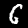
Label: 6